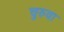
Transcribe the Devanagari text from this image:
चुरुवा